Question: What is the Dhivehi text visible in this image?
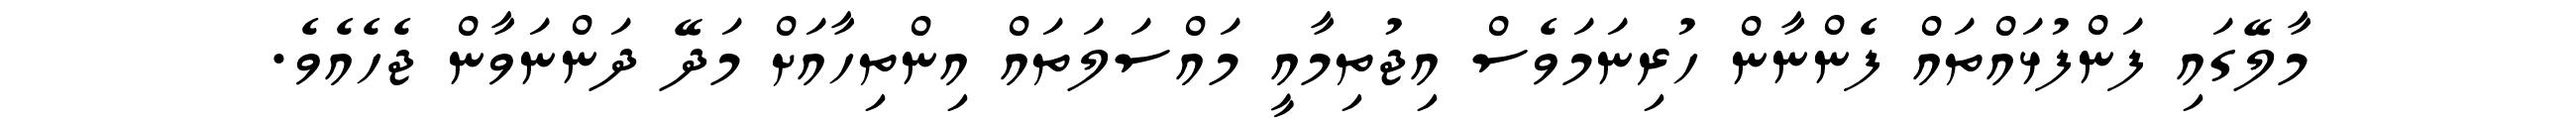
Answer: މާލޭގައި ފަންފުޅައްތައް ފެންނާން ހުރިނަމަވެސް އިޖުތިމާއީ މައްސަލަތައް އިންތިހާއަށް މަދޭ ދަންނަވާން ޖެހެއެވެ.